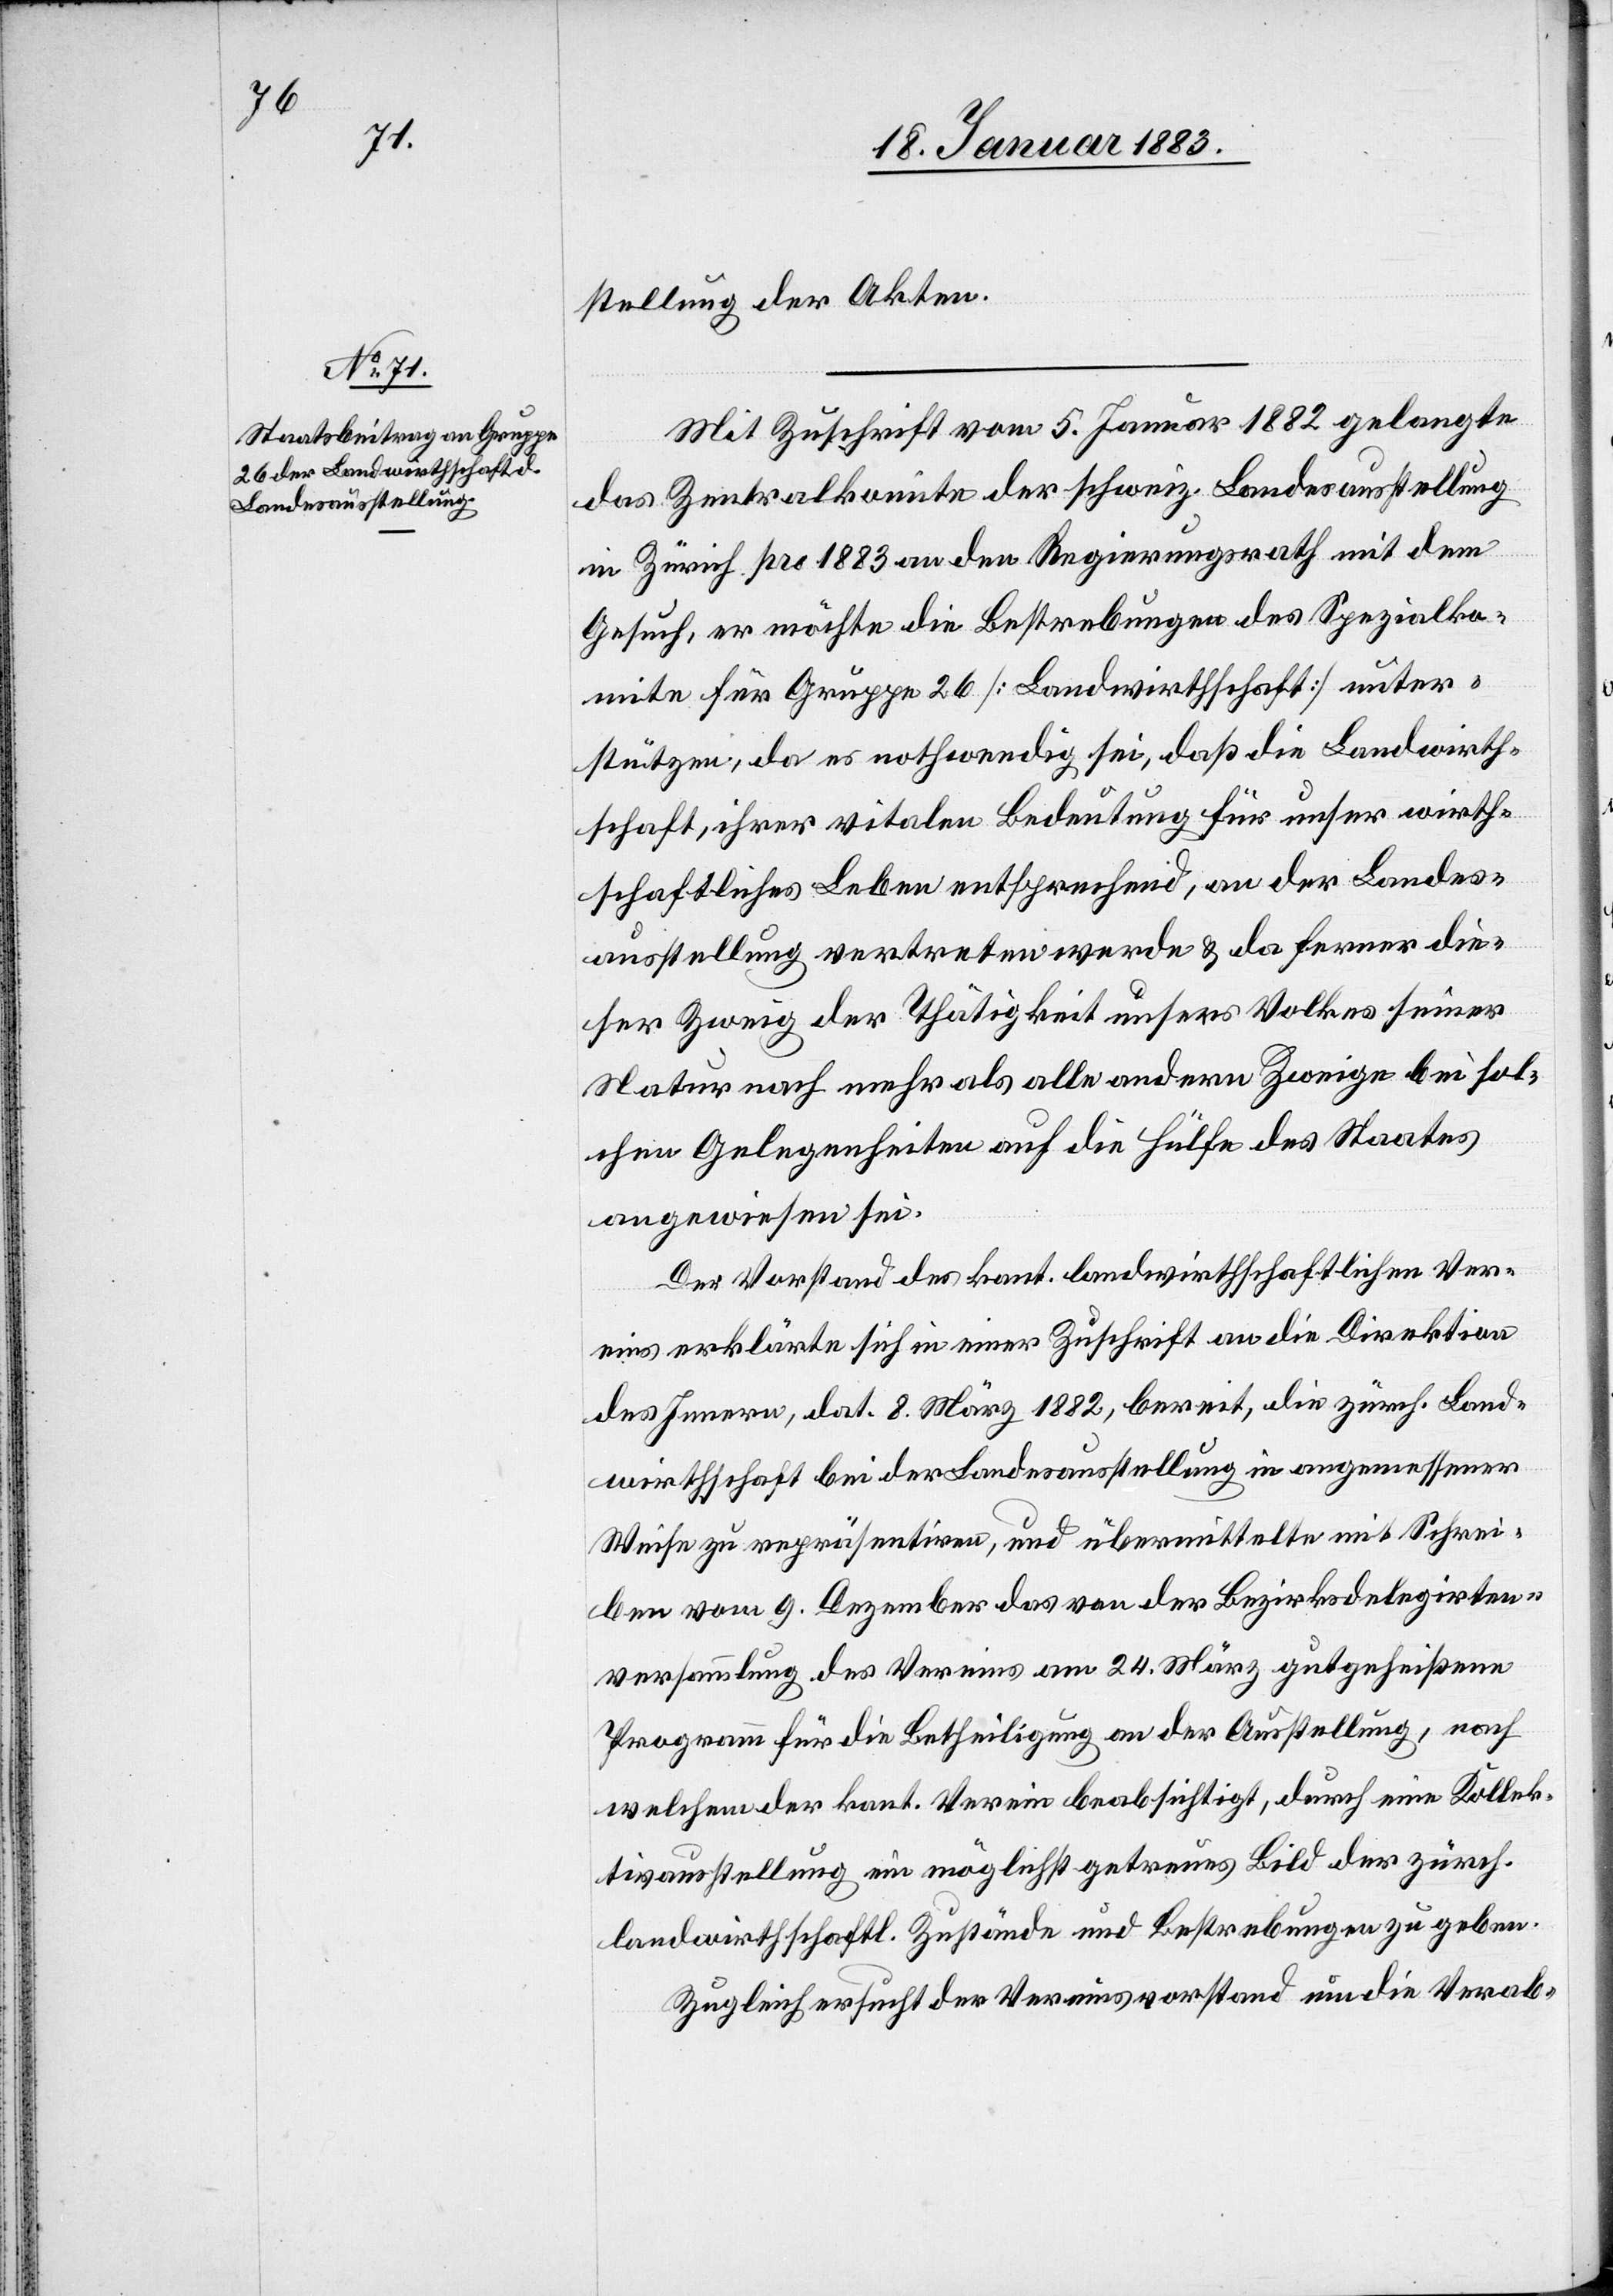
stellung der Akten.
Mit Zuschrift vom 5. Januar 1882 gelangte
das Zentralkomite der schweiz. Landesausstellung
in Zürich pro 1883 an den Regierungsrath mit dem
Gesuch, er möchte die Bestrebungen des Spezialko¬
mite für Gruppe 26 [Landwirthschaft] unter¬
stützen, da es nothwendig sei, daß die Landwirth¬
schaft, ihrer vitalen Bedeutung für unser wirth¬
schaftliches Leben entsprechend, an der Landes¬
ausstellung vertreten werde & da ferner die¬
ser Zweig der Thätigkeit unsers Volkes seiner
Natur nach mehr als alle andern Zweige bei sol¬
chen Angelegenheiten auf die Hülfe des Staates
angewiesen sein.
Der Vorstand des kant. landwirthschaftlichen Ver¬
eins erklärte sich in seiner Zuschrift an die Direktion
des Innern, dat. 8. März 1882, bereit, die zürch. Land¬
wirthschaft bei der Landesausstellung in angemessener
Weise zu repräsentiren, und übermittelte mit Schrei¬
ben vom 9. Dezember das von der Bezirksdelegirten¬
versammlung des Vereins am 24. März gutgeheißene
Programm für die Betheiligung an der Ausstellung, nach
welchem der kant. Verein beabsichtigt, durch eine Kollek¬
tivausstellung ein möglichst getreues Bild der zürch.
landwirthschaftl. Zustände und Bestrebungen zu geben.
Zugleich ersucht der Vereinsvorstand um die Verab-